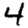
Digit: 4